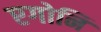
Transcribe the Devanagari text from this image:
एगोनि